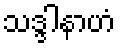
သဒ္ဒါနာဟံ